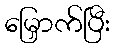
မြှောက်ပြီး